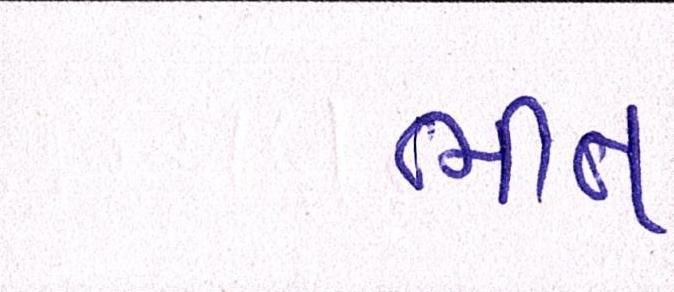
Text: ભીંત